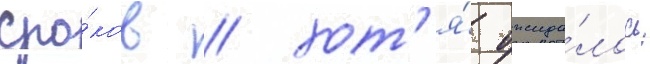
сро́ков / хот'я́ ожида́лось